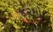
૪૨મો